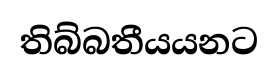
තිබ්බතීයයනට